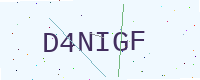
Text: D4NIGF